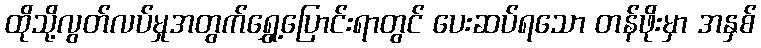
ထိုသို့လွတ်လပ်မှုအတွက်ရွှေ့ပြောင်းရာတွင် ပေးဆပ်ရသော တန်ဖိုးမှာ အနှစ်